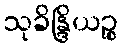
သုခိန္ဒြိယဉ္စ